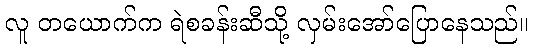
လူ တယောက်က ရဲစခန်းဆီသို့ လှမ်းအော်ပြောနေသည်။